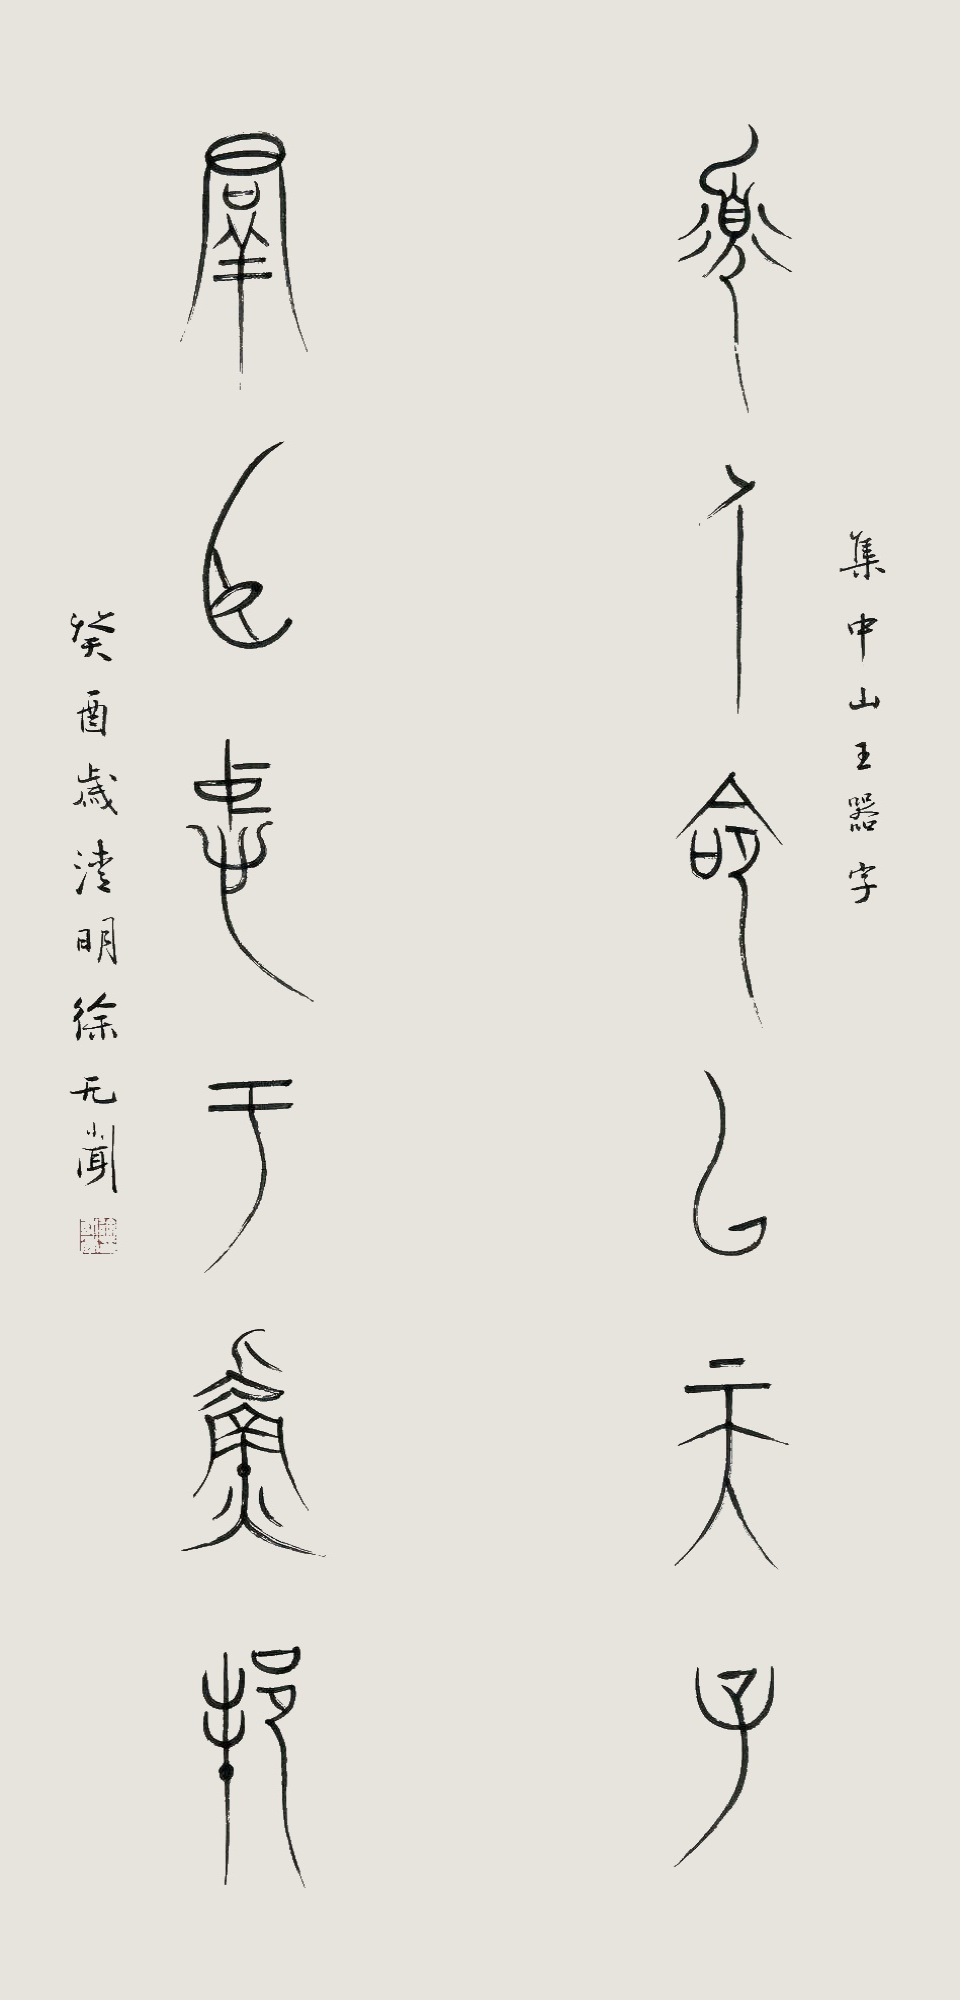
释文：寡人命以天子，群臣忠于吾邦。集中山王器字，癸酉岁清明，徐无闻。